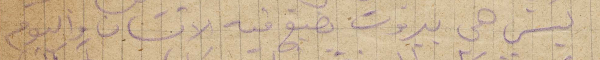
ليس هي بيروت يضيع فيه الانسان واليوم